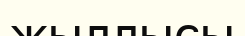
жыллысы